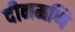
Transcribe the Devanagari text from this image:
दीनमणि